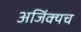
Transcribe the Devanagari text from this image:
अजिंक्यच